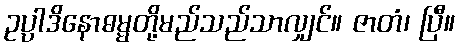
ဥပ္ပါဒိနောဓမ္မတို့မည်သည်သာလျှင်။ ဇာတံ၊ ပြီ။